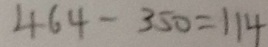
4 6 4 - 3 5 0 = 1 1 4